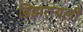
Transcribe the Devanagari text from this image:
डिझरायली